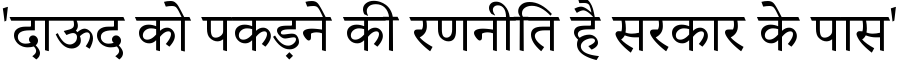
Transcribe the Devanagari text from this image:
'दाऊद को पकड़ने की रणनीति है सरकार के पास'